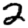
Digit: 2